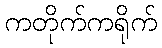
ကတိုက်ကရိုက်